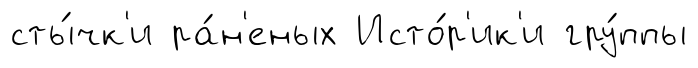
сты́чк'и ра́н'еных Исто́р'ик'и гру́ппы